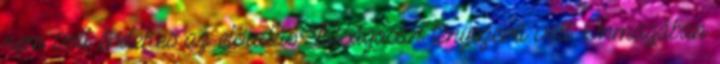
nem volt érdekes az előadás. Túlságosan tényszerű volt. Önmagában